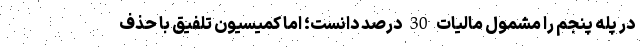
در پله پنجم را مشمول مالیات 30 درصد دانست؛ اما کمیسیون تلفیق با حذف